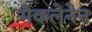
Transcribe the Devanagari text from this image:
मैकलेनेन